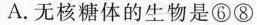
A. 无核糖体的生物是⑥⑧